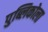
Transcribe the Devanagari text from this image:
पुब्लिकोला